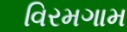
વિરમગામ